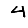
Digit: 4